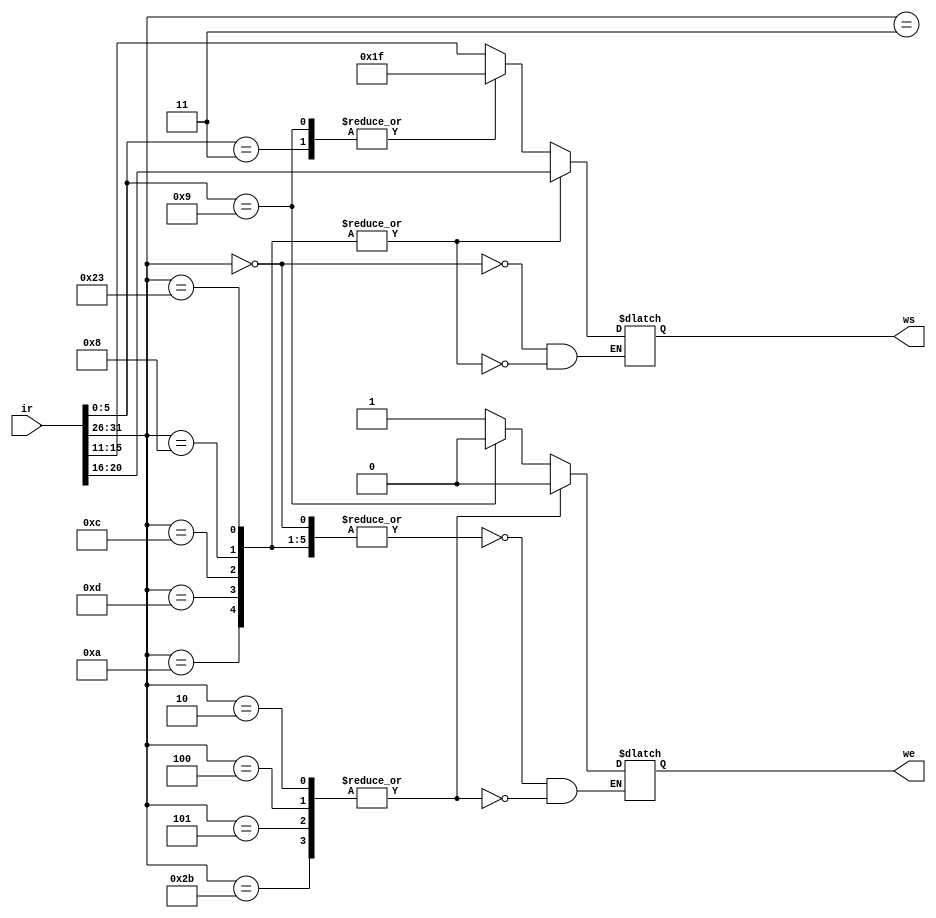
module CDEST(input [31:0]ir,output reg[4:0]ws,output reg we);

    always@ * begin
      case (ir[31:26])      // rtype    
                            6'b000000:
                                 begin
                                  case(ir[5:0])
                                 //  jal        jalr
                                  6'b000011,6'b001001:begin
                                       ws = 5'd31;
                                  end
                                  default:
                                      ws = ir[15:11];
                                  endcase
                                 end

                            // lw         addi      andi      ori       slti             
                            6'b100011,6'b001000,6'b001100,6'b001101,6'b001010:
                                ws = ir[20:16];
                                 
        
      endcase
    end


    always@(ir)begin
      case (ir[31:26])      // rtype      lw        addi       andi    ori        slti      jal   
                            6'b000000,6'b100011,6'b001000,6'b001100,6'b001101,6'b001010,6'b000011:
                                 begin          //jr
                                    if(ir[5:0]==6'b001001)
                                      we = 0;
                                    else
                                      we = 1;
                                 end

                                 
                            //  jump      beq         bnq     cdest
                             6'b000010,6'b000100,6'b000101,6'b101011:begin
                                    we =0;
                                end
        
      endcase
    end


endmodule